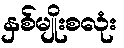
နှစ်မျိုးစလုံး